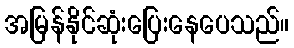
အမြန်နိုင်ဆုံးပြေးနေပေသည်။